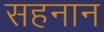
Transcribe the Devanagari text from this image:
सहनान